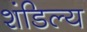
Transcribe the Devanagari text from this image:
शंडिल्य